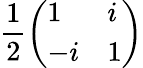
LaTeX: {\frac{1}{2}}{\left(\begin{array}{ll}{1}&{i}\\ {-i}&{1}\end{array}\right)}